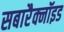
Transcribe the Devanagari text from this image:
सबारैक्नॉइड